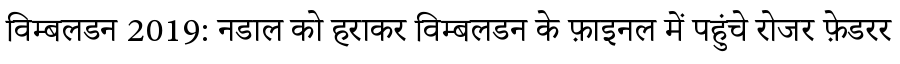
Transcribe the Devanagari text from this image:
विम्बलडन 2019: नडाल को हराकर विम्बलडन के फ़ाइनल में पहुंचे रोजर फ़ेडरर